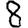
Digit: 8